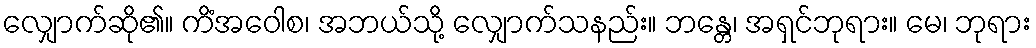
လျှောက်ဆို၏။ ကိံအဝေါစ၊ အဘယ်သို့ လျှောက်သနည်း။ ဘန္တေ၊ အရှင်ဘုရား။ မေ၊ ဘုရား